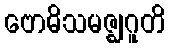
ဗောဓိသမဇ္ဈဂူတိ